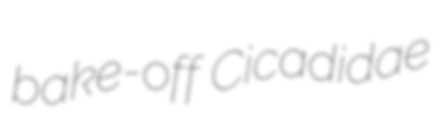
bake-off Cicadidae